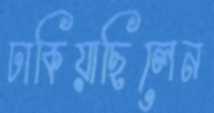
ঢাকিয়াছিলেন